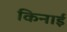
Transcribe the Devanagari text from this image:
किनाई